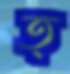
ত্